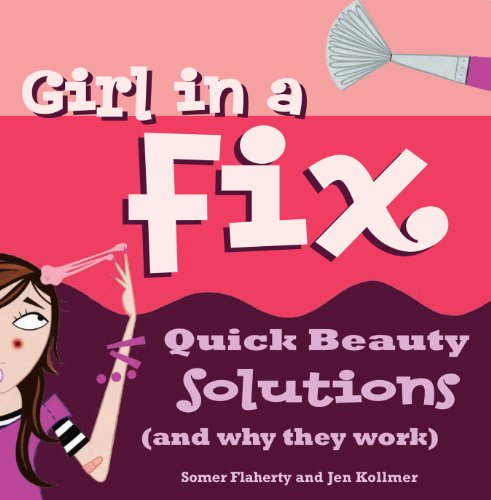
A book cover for Girl in a Fix: Quick Beauty Solutions (and Why They Work); Somer Flaherty; Teen & Young Adult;